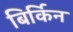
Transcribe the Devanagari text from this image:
बिर्किन